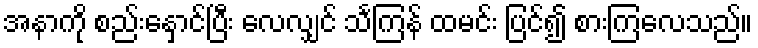
အနာကို စည်းနှောင်ပြီး လေလျှင် သင်္ကြန် ထမင်း ပြင်၍ စားကြလေသည်။